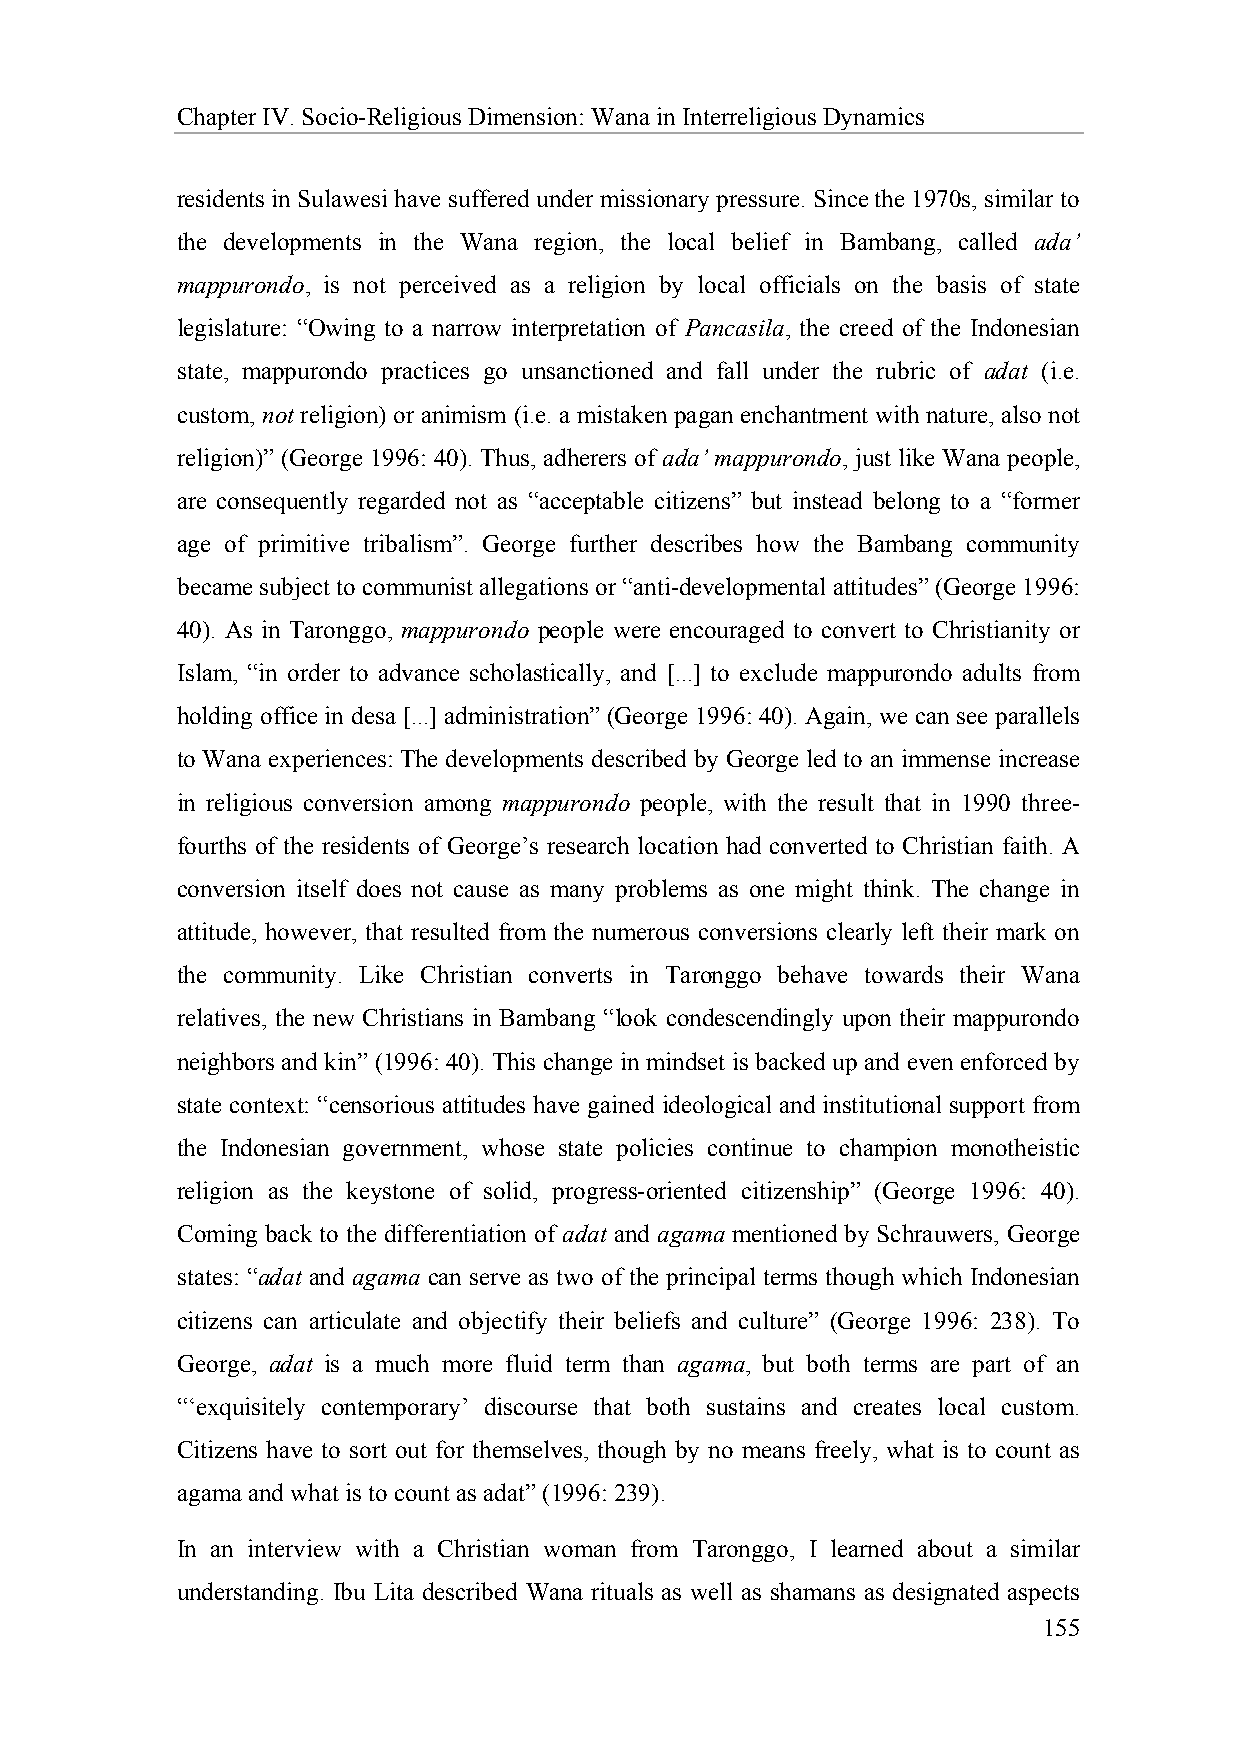
Chapter IV. Socio-Religious Dimension: Wana in Interreligious Dynamics
 residents in Sulawesi have suffered under missionary pressure. Since the 1970s, similar to
 the developments in the Wana region, the local belief in Bambang, called ada’
 mappurondo, is not perceived as a religion by local officials on the basis of state
 legislature: “Owing to a narrow interpretation of Pancasila, the creed of the Indonesian
 state, mappurondo practices go unsanctioned and fall under the rubric of adat (i.e.
 custom, not religion) or animism (i.e. a mistaken pagan enchantment with nature, also not
 religion)” (George 1996: 40). Thus, adherers of ada’ mappurondo, just like Wana people,
 are consequently regarded not as “acceptable citizens” but instead belong to a “former
 age of primitive tribalism”. George further describes how the Bambang community
 became subject to communist allegations or “anti-developmental attitudes” (George 1996:
 40). As in Taronggo, mappurondo people were encouraged to convert to Christianity or
 Islam, “in order to advance scholastically, and [...] to exclude mappurondo adults from
 holding office in desa [...] administration” (George 1996: 40). Again, we can see parallels
 to Wana experiences: The developments described by George led to an immense increase
 in religious conversion among mappurondo people, with the result that in 1990 three-
 fourths of the residents of George’s research location had converted to Christian faith. A
 conversion itself does not cause as many problems as one might think. The change in
 attitude, however, that resulted from the numerous conversions clearly left their mark on
 the community. Like Christian converts in Taronggo behave towards their Wana
 relatives, the new Christians in Bambang “look condescendingly upon their mappurondo
 neighbors and kin” (1996: 40). This change in mindset is backed up and even enforced by
 state context: “censorious attitudes have gained ideological and institutional support from
 the Indonesian government, whose state policies continue to champion monotheistic
 religion as the keystone of solid, progress-oriented citizenship” (George 1996: 40).
 Coming back to the differentiation of adat and agama mentioned by Schrauwers, George
 states: “adat and agama can serve as two of the principal terms though which Indonesian
 citizens can articulate and objectify their beliefs and culture” (George 1996: 238). To
 George, adat is a much more fluid term than agama, but both terms are part of an
 “‘exquisitely contemporary’ discourse that both sustains and creates local custom.
 Citizens have to sort out for themselves, though by no means freely, what is to count as
 agama and what is to count as adat” (1996: 239).
 In an interview with a Christian woman from Taronggo, I learned about a similar
 understanding. Ibu Lita described Wana rituals as well as shamans as designated aspects
 155